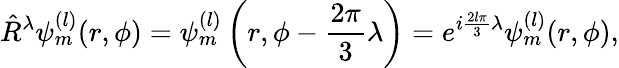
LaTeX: \hat{R}^{\lambda}\psi_{m}^{(l)}(r,\phi)=\psi_{m}^{(l)}\left(r,\phi-\frac{2\pi}{3}\lambda\right)=e^{i\frac{2l\pi}{3}\lambda}\psi_{m}^{(l)}(r,\phi),